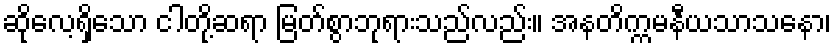
ဆိုလေ့ရှိသော ငါတို့ဆရာ မြတ်စွာဘုရားသည်လည်း။ အနတိက္ကမနီယသာသနော၊